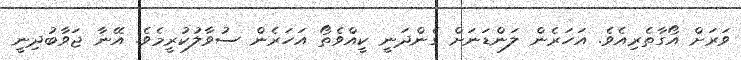
ވަރަށް އޯގާތެރިއެވެ. އަހަރެން ލަންޑަނަށް ގެންދަނީ ކީއްވެތޯ އަހަރެން ސުވާލުކުރީމެވެ. އޭނާ ޖަވާބުދިނީ